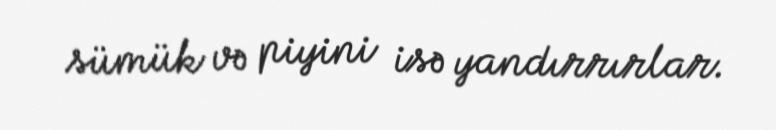
sümük və piyini isə yandırrırlar.